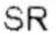
SR